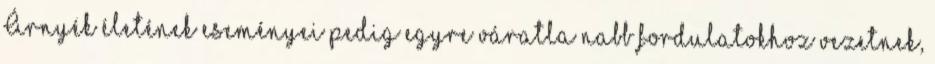
Árnyék életének eseményei pedig egyre váratla­ nabb fordulatokhoz vezetnek,